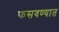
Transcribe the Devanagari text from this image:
फसवण्यात